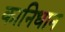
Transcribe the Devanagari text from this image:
कानिधान